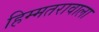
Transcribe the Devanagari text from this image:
हिम्मतरावाला